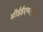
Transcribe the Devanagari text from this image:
सीईईएमएएन